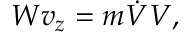
W v _ { z } = m { \dot { V } } V ,